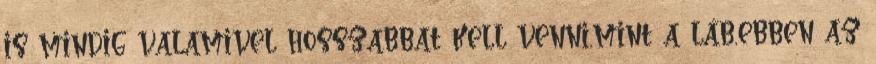
is mindig valamivel hosszabbat kell venni,mint a láb,ebben az